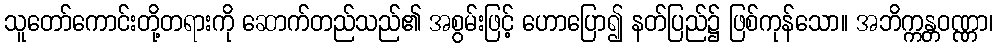
သူတော်ကောင်းတို့တရားကို ဆောက်တည်သည်၏ အစွမ်းဖြင့် ဟောပြော၍ နတ်ပြည်၌ ဖြစ်ကုန်သော။ အဘိက္ကန္တဝဏ္ဏာ၊